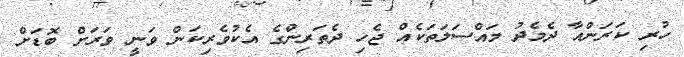
ހުރި ކަރަންއާ ދެމެދު މައްސަލަތަކެއް ޖެހި ދެތަރިންގެ އެކުވެރިކަން ވަނީ ވަރަށް ބޮޑަށް